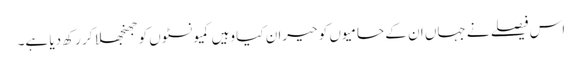
اس فیصلے نے جہاں ان کے حامیوں کو حیران کیا وہیں کمیونسٹوں کو جھنجھلا کر رکھ دیا ہے۔